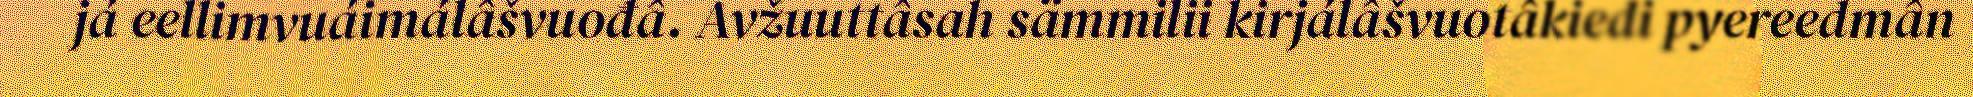
já eellimvuáimálâšvuođâ. Avžuuttâsah sämmilii kirjálâšvuotâkiedi pyereedmân